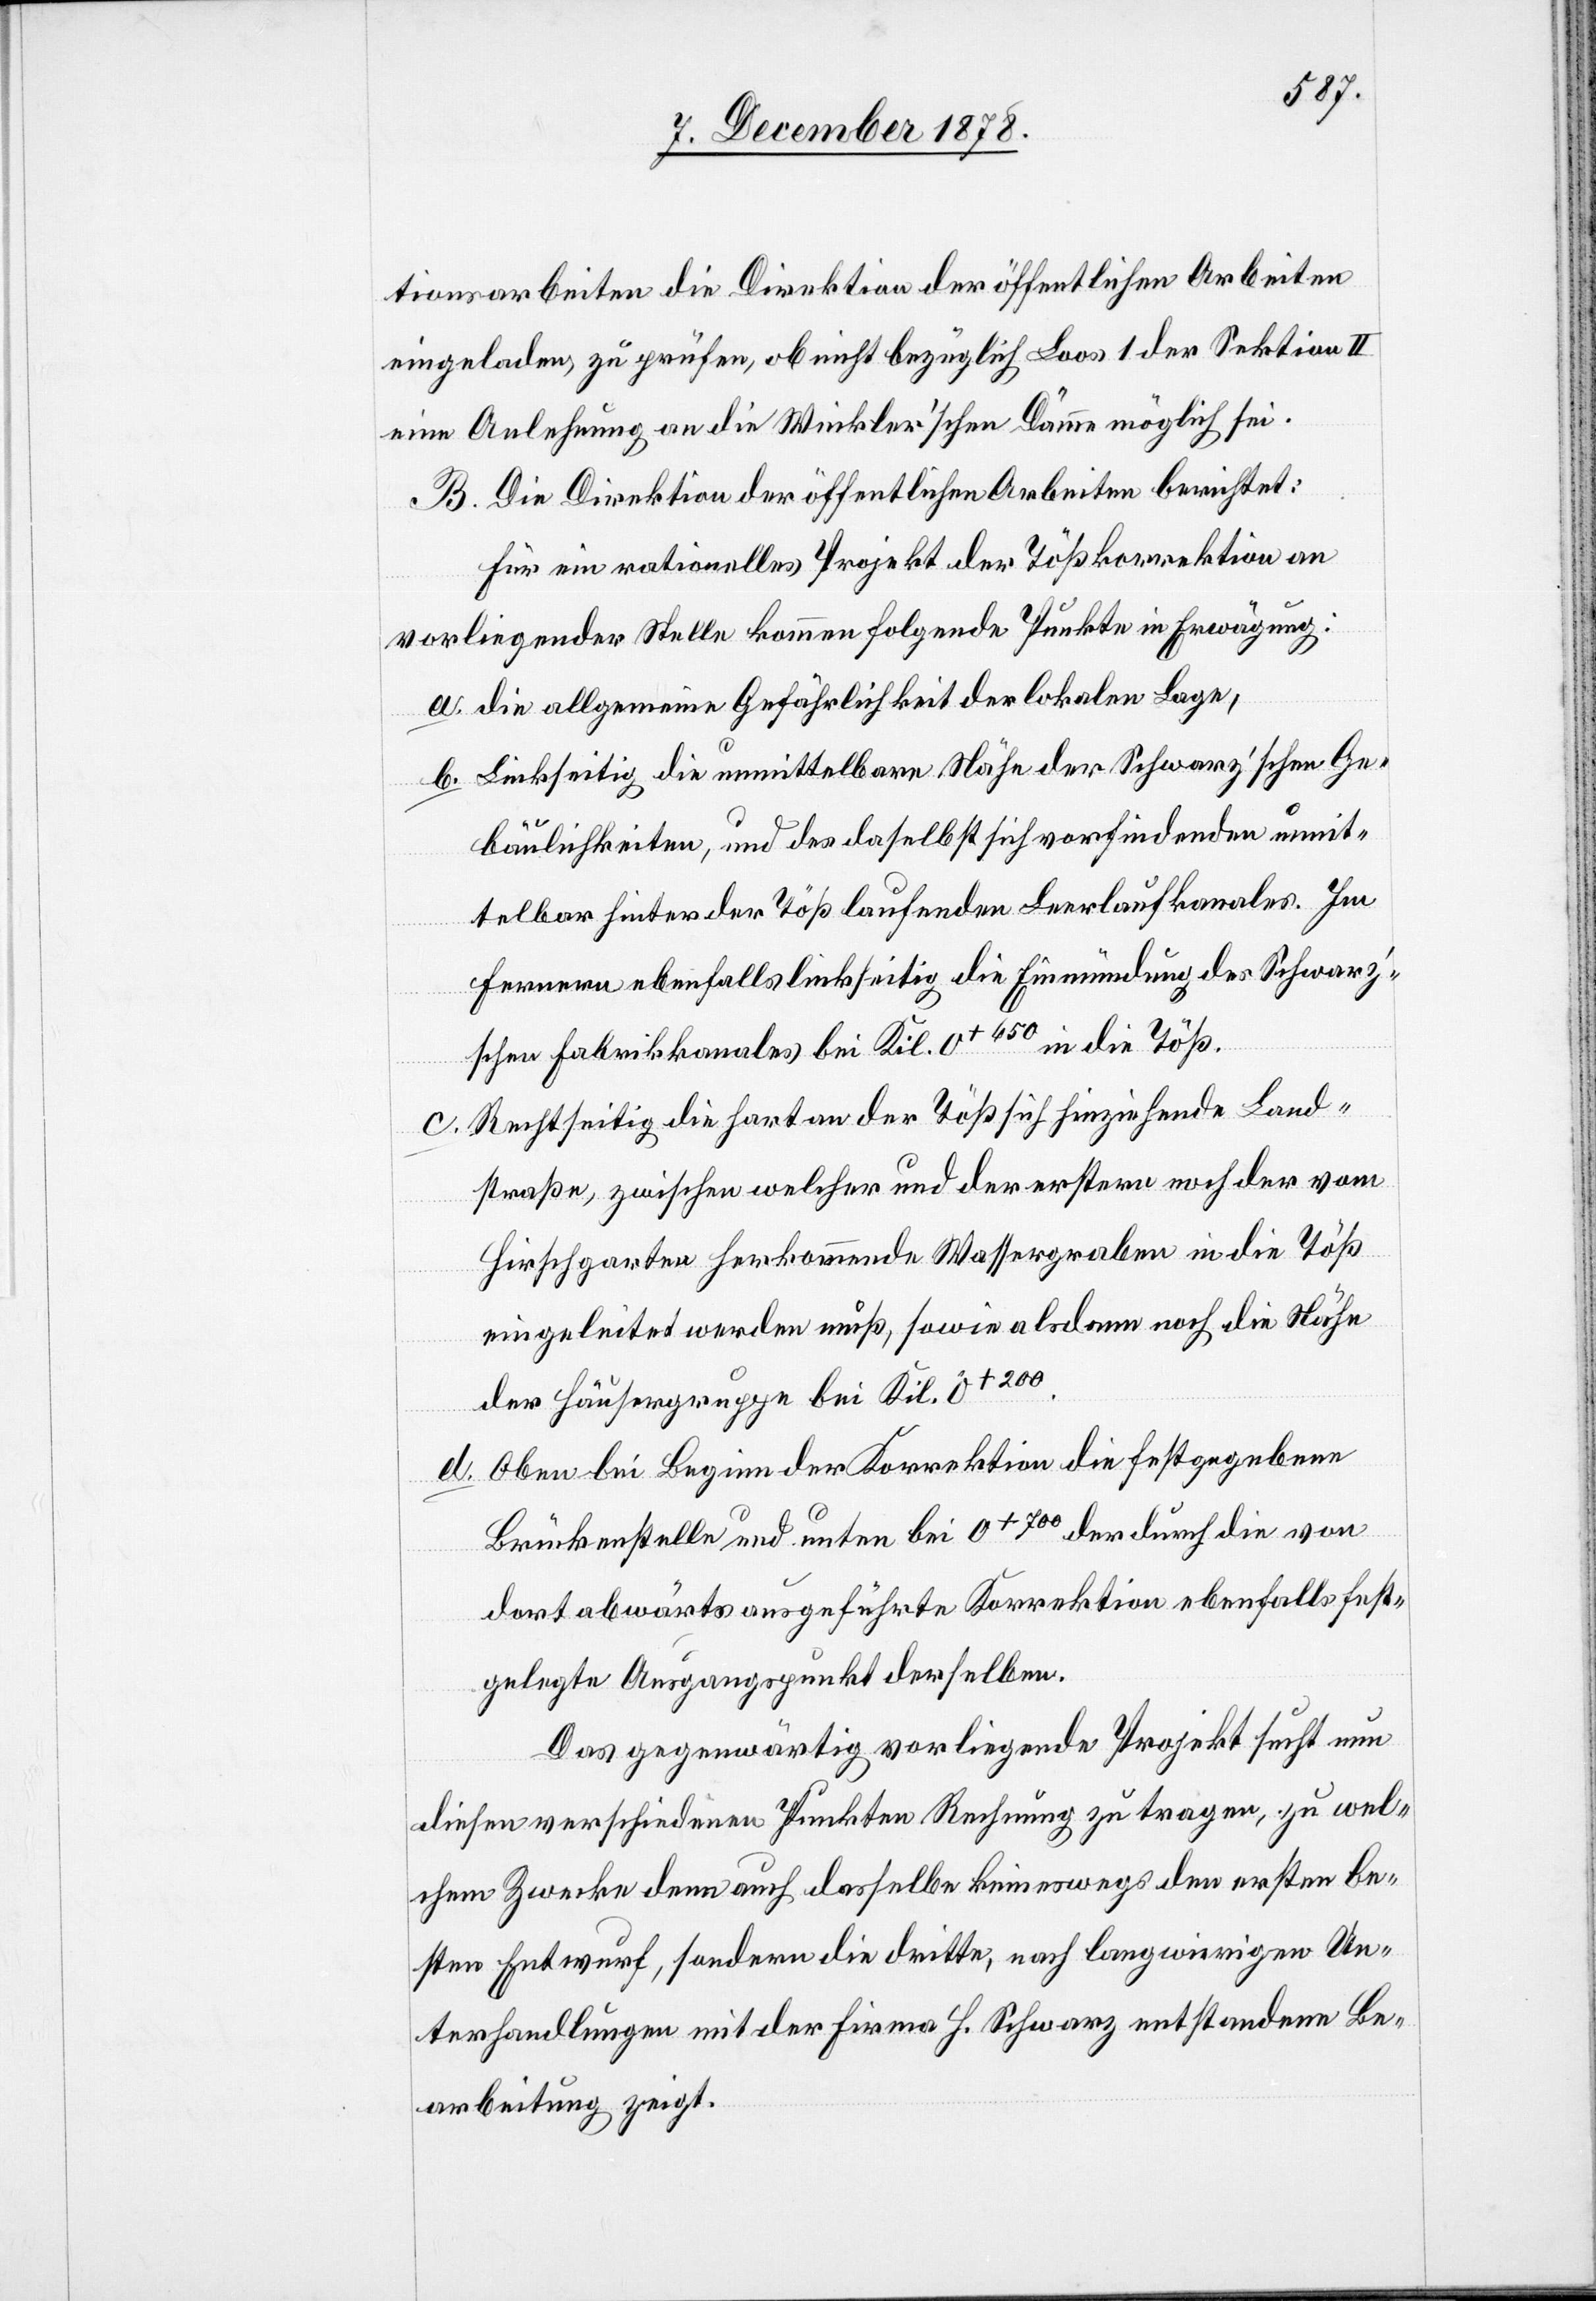
tionsarbeiten die Direktion der öffentlichen Arbeiten
eingeladen, zu prüfen, ob nicht bezüglich Loos 1 der Sektion II
eine Anlehnung an die Winkler’schen Dämme möglich sei.
B. Die Direktion der öffentlichen Arbeiten berichtet:
Für ein rationelles Projekt der Tößkorrektion an
vorliegender Stelle kommen folgende Punkte in Erwägung:
die allgemeine Gefährlichkeit der lokalen Lage,
Linkseitig die unmittelbare Nähe der Schwarz’schen Ge¬
bäulichkeiten, und des daselbst sich vorfindenden unmit¬
telbar hinter der Töß laufenden Leerlaufkanales. Im
ferneren ebenfalls linkseitig die Einmündung des Schwarz’s¬
chen Fabrikkanales bei Kil. 0+650 in die Töß.
Rechtseitig die hart an der Töß sich hinziehende Land¬
d.
straße, zwischen welcher und der erstern noch der vom
Hirschgarten herkommende Wassergraben in die Töß
eingeleitet werden muß, sowie alsdann noch die Nähe
der Häusergruppe bei Kil. 0+200.
Oben bei Beginn der Korrektion die festgegebene
Brückenstelle und unten bei 0+700 der durch die von
dort abwärts ausgeführte Korrektion ebenfalls fest¬
gelegte Ausgangspunkt derselben.
Das gegenwärtig vorliegende Projekt sucht nun
diesen verschiedenen Punkten Rechnung zu tragen, zu wel¬
chem Zwecke denn auch dasselbe keineswegs den ersten be¬
sten Entwurf, sondern die dritte, nach langwierigen Un¬
terhandlungen mit der Firma H. Schwarz entstandene Be¬
arbeitung zeigt.